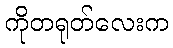
ကိုတရုတ်လေးက